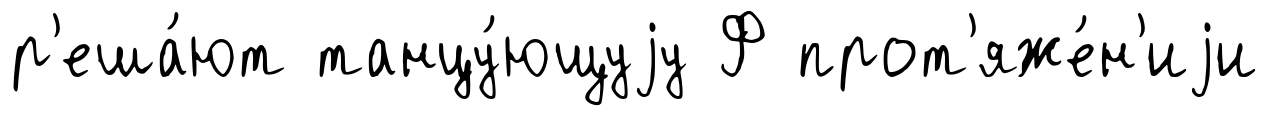
р'еша́ют танцу́ющуjу Ф прот'яже́н'иjи